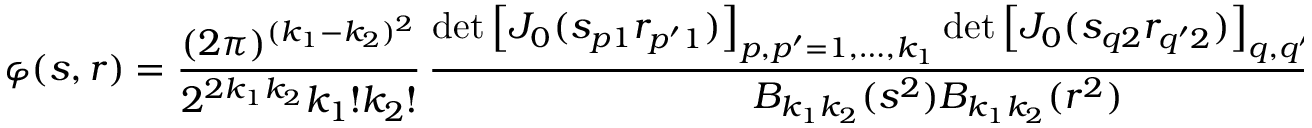
\varphi ( s , r ) = \frac { ( 2 \pi ) ^ { ( k _ { 1 } - k _ { 2 } ) ^ { 2 } } } { 2 ^ { 2 k _ { 1 } k _ { 2 } } k _ { 1 } ! k _ { 2 } ! } \, \frac { \operatorname * { d e t } \left[ J _ { 0 } ( s _ { p 1 } r _ { p ^ { \prime } 1 } ) \right] _ { p , p ^ { \prime } = 1 , \ldots , k _ { 1 } } \operatorname * { d e t } \left[ J _ { 0 } ( s _ { q 2 } r _ { q ^ { \prime } 2 } ) \right] _ { q , q ^ { \prime } = 1 , \ldots , k _ { 2 } } } { B _ { k _ { 1 } k _ { 2 } } ( s ^ { 2 } ) B _ { k _ { 1 } k _ { 2 } } ( r ^ { 2 } ) } \ ,